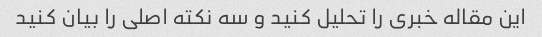
این مقاله خبری را تحلیل کنید و سه نکته اصلی را بیان کنید